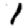
Digit: 1